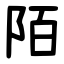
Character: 陌